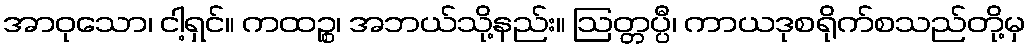
အာဝုသော၊ ငါ့ရှင်။ ကထဉ္စ၊ အဘယ်သို့နည်း။ ဩတ္တပ္ပီ၊ ကာယဒုစရိုက်စသည်တို့မှ